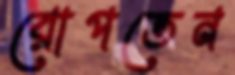
রোপতেন